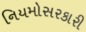
નિયમોસરકારી